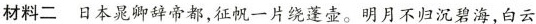
材料二日本晁卿辞帝都，征帆一片绕蓬壶。明月不归沉碧海，白云